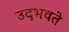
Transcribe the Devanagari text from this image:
उदभवते